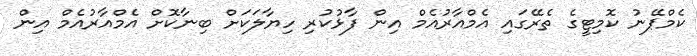
ކެމްޕޭނު ކޮމިޓީގެ ތެރޭގައި އެމްއާރުއެމް އިން ފާޅުކުރި ހިޔާލަކަށް ބިނާކޮށް އެމްއާރުއެމް އިން